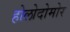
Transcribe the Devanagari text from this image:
होलोदोमोर